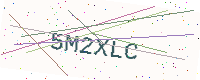
Text: 5M2XLC